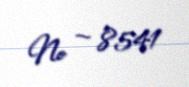
№ — 8541